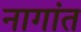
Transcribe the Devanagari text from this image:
नागांत